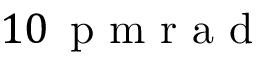
1 0 \, \mathrm { ~ p ~ m ~ r ~ a ~ d ~ }